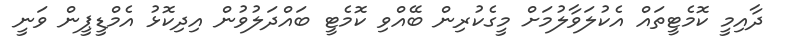
ދާއިމީ ކޮމެޓީތައް އެކުލަވާލުމަށް މީގެކުރިން ބޭއްވި ކޮމެޓީ ބައްދަލުވުން އިދިކޮޅު އެމްޑީޕީން ވަނީ